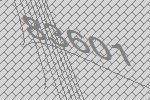
83601